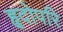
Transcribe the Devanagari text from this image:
हृदोपरि